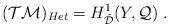
LaTeX: \begin{align*}({\cal TM})_{Het} = H^1_{\check{\cal D}}(Y, {\cal Q})~.\end{align*}